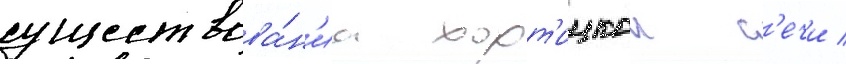
существова́н'иа хорт'ицкои с'ечи /